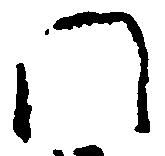
門